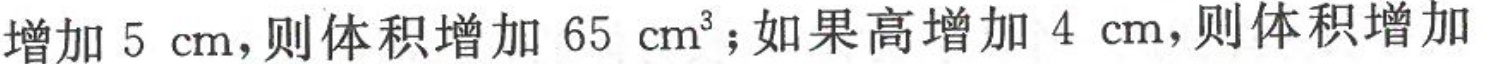
增加5cm，则体积增加65cm^{3}；如果高增加4cm，则体积增加